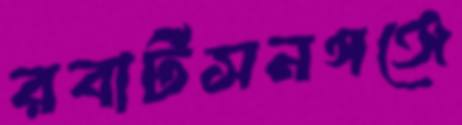
রবার্টসনগঞ্জে